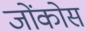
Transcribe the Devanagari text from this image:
जोंकोस